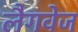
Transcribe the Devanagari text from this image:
लैगवेज